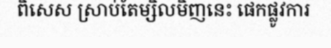
ពិសេស ស្រាប់តែម្សិលមិញនេះ ផេកផ្លូវការ